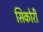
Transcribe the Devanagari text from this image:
सिकोरी